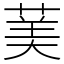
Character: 䓺